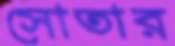
সোতার